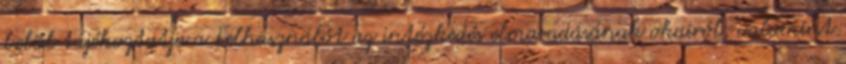
belül tájékoztatja a Felhasználót az intézkedés elmaradásának okairól, valamint